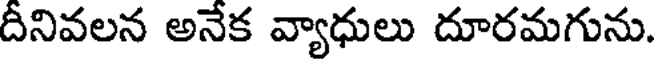
దీనివలన అనేక వ్యాధులు దూరమగును.